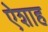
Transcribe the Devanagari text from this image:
ऐशाह